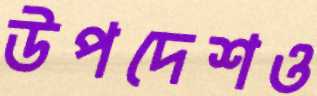
উপদেশও